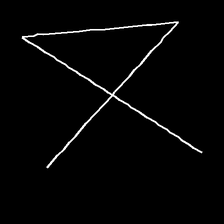
Glyph: collection